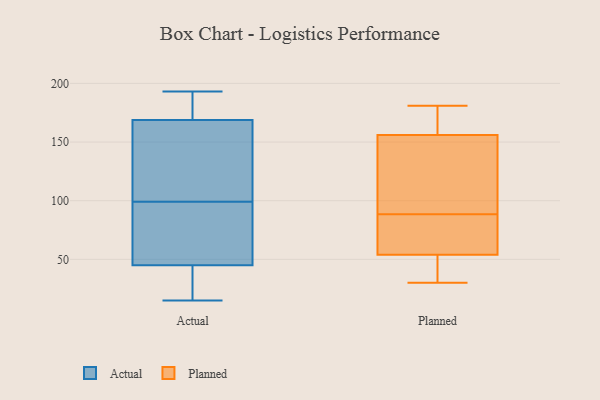
{"axis": {"x": "Inventory Turnover", "y": "Value"}, "legend": ["Actual", "Planned"], "data": [{"x": "", "y": 135, "type": "Actual"}, {"x": "", "y": 179, "type": "Actual"}, {"x": "", "y": 41, "type": "Actual"}, {"x": "", "y": 67, "type": "Actual"}, {"x": "", "y": 180, "type": "Actual"}, {"x": "", "y": 193, "type": "Actual"}, {"x": "", "y": 138, "type": "Actual"}, {"x": "", "y": 134, "type": "Actual"}, {"x": "", "y": 51, "type": "Actual"}, {"x": "", "y": 20, "type": "Actual"}, {"x": "", "y": 70, "type": "Actual"}, {"x": "", "y": 193, "type": "Actual"}, {"x": "", "y": 99, "type": "Actual"}, {"x": "", "y": 187, "type": "Actual"}, {"x": "", "y": 115, "type": "Actual"}, {"x": "", "y": 74, "type": "Actual"}, {"x": "", "y": 43, "type": "Actual"}, {"x": "", "y": 32, "type": "Actual"}, {"x": "", "y": 15, "type": "Actual"}, {"x": "", "y": 30, "type": "Planned"}, {"x": "", "y": 162, "type": "Planned"}, {"x": "", "y": 65, "type": "Planned"}, {"x": "", "y": 94, "type": "Planned"}, {"x": "", "y": 156, "type": "Planned"}, {"x": "", "y": 78, "type": "Planned"}, {"x": "", "y": 181, "type": "Planned"}, {"x": "", "y": 41, "type": "Planned"}, {"x": "", "y": 54, "type": "Planned"}, {"x": "", "y": 83, "type": "Planned"}, {"x": "", "y": 139, "type": "Planned"}, {"x": "", "y": 179, "type": "Planned"}, {"x": "", "y": 40, "type": "Planned"}, {"x": "", "y": 114, "type": "Planned"}]}